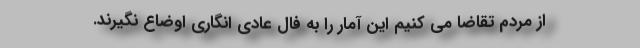
از مردم تقاضا می کنیم این آمار را به فال عادی انگاری اوضاع نگیرند.